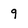
Character: 9